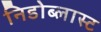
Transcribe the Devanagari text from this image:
निडोब्लास्ट